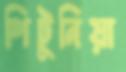
পিটুনিয়া